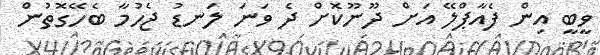
ވީބީ އިން ފެއާޕްލޭ އަށް ދޫނޫކޮށް ދެ ވަނަ ލަނޑު ޖެހުމާ ބެހޭގޮތުން